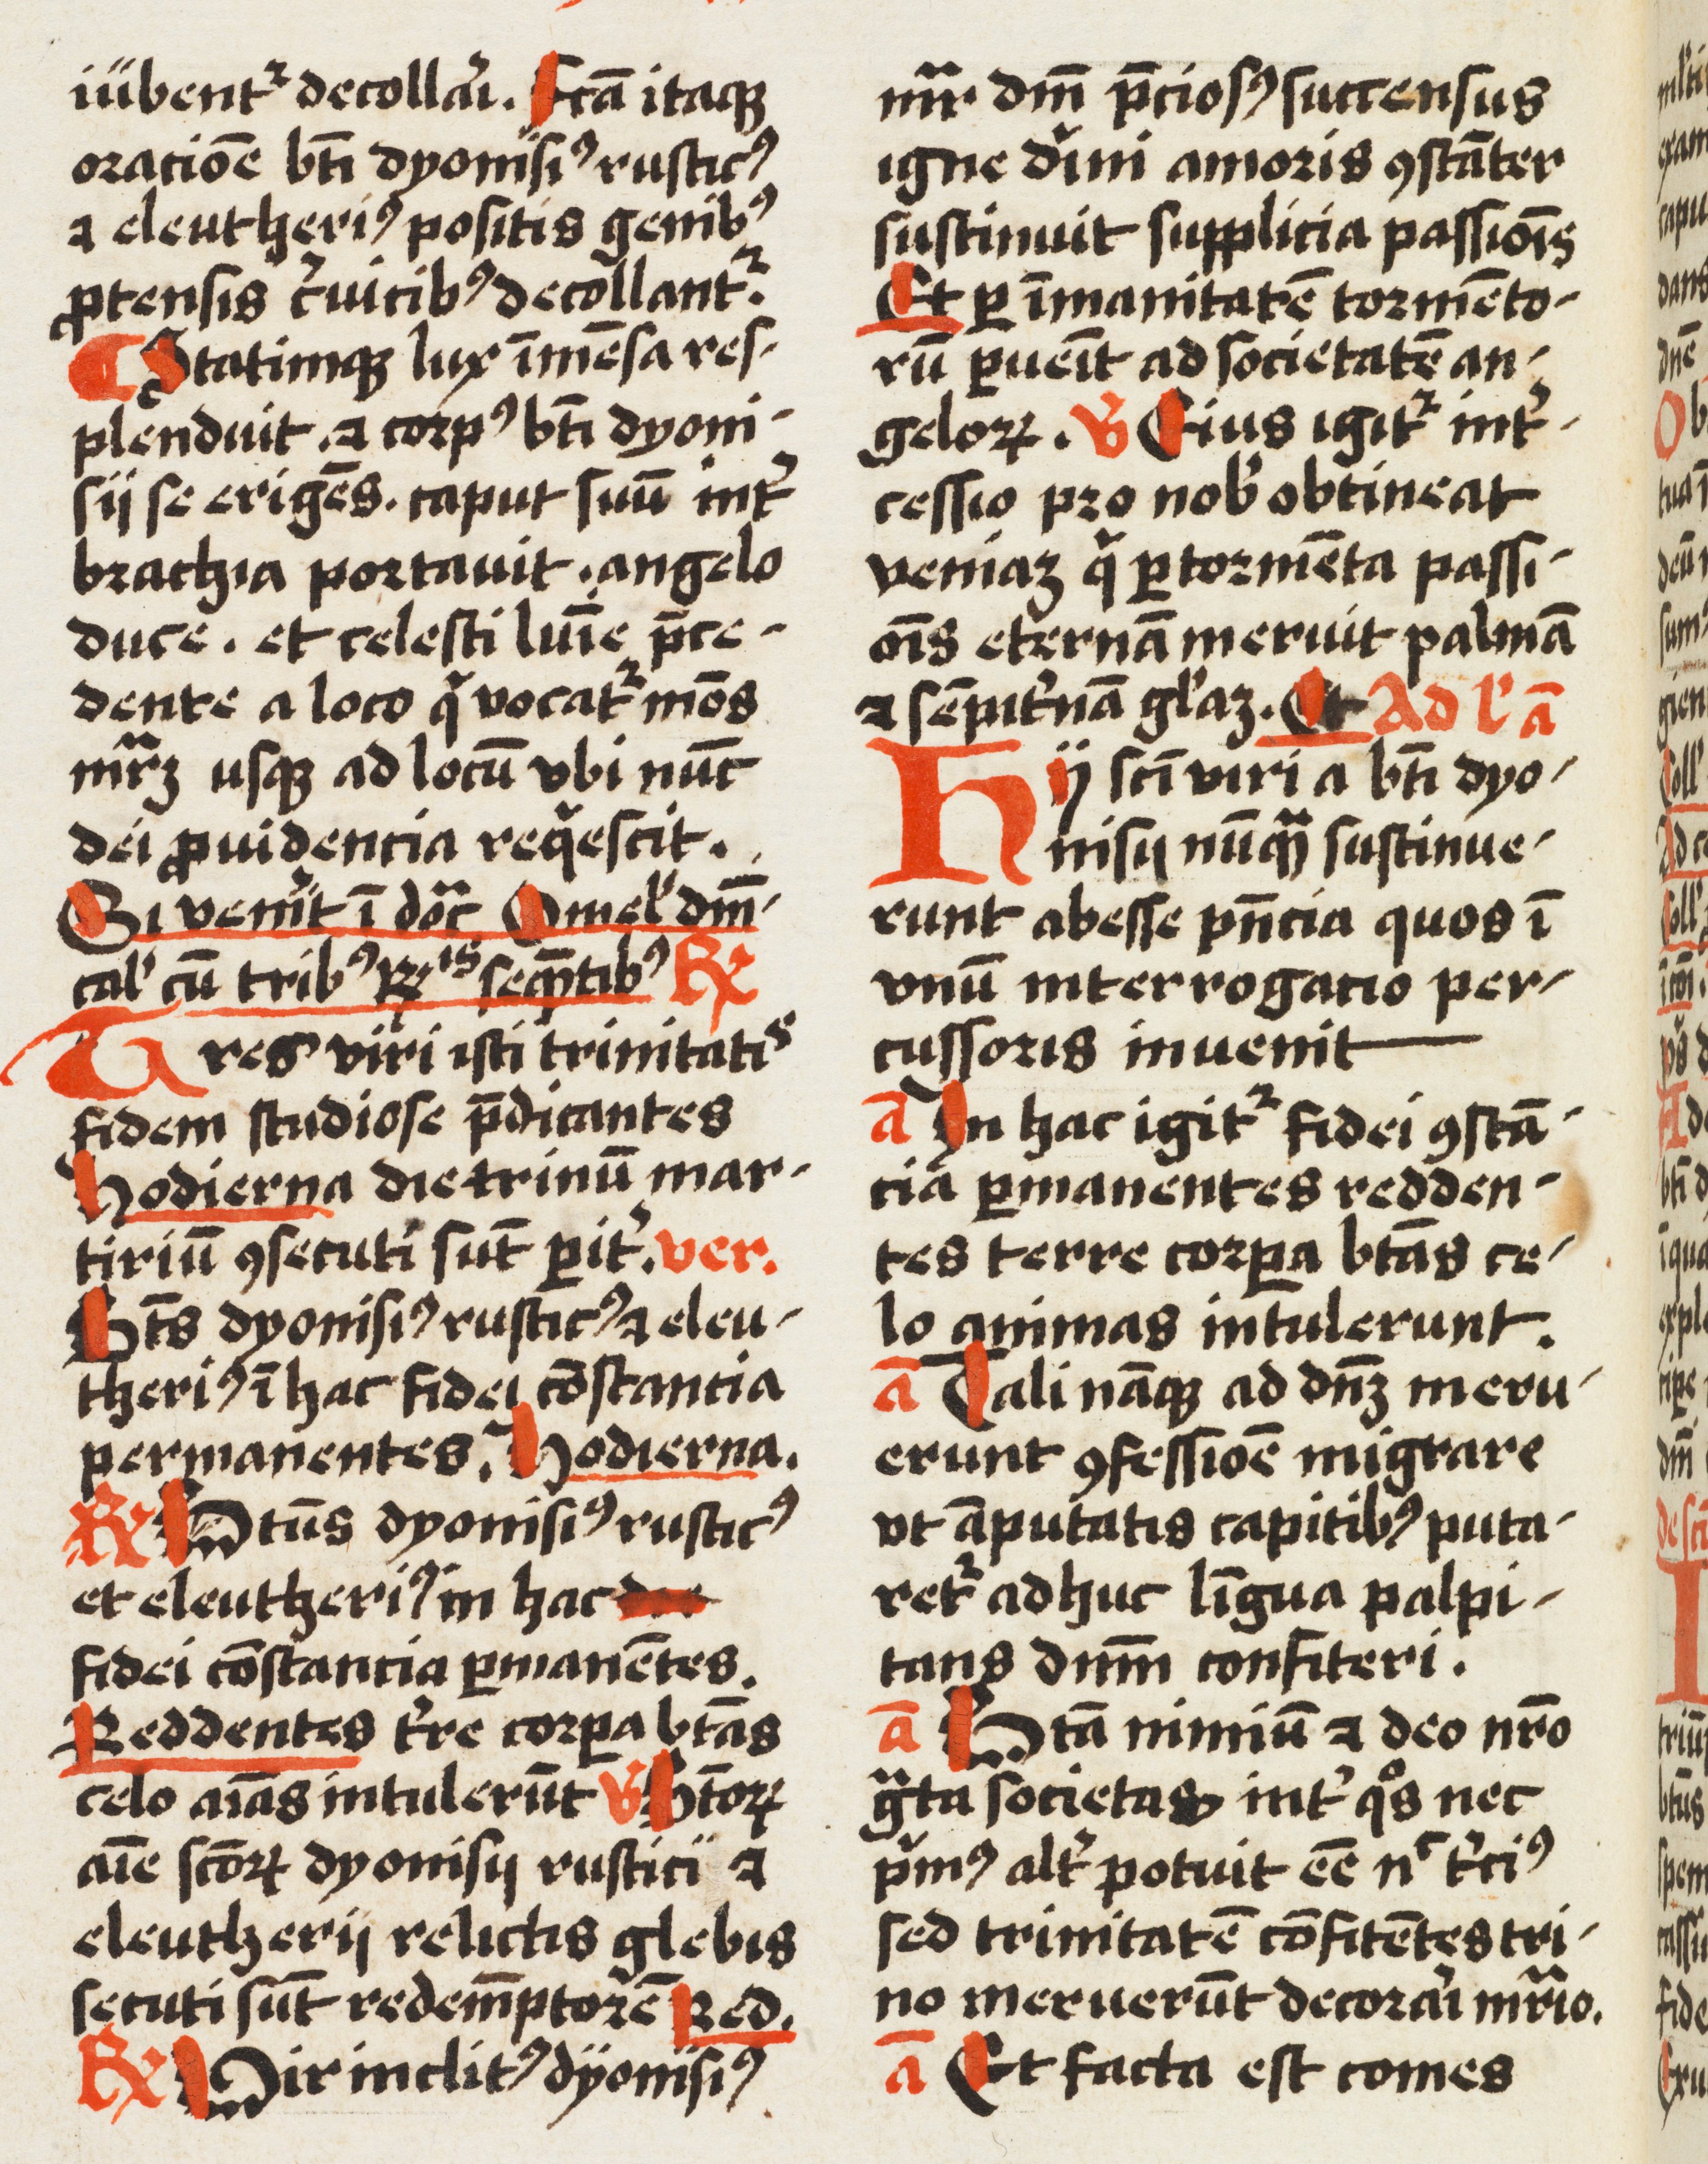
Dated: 1500–1524